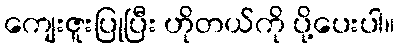
ကျေးဇူးပြုပြီး ဟိုတယ်ကို ပို့ပေးပါ။